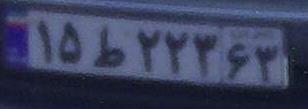
۱۵ط۲۲۳۶۳